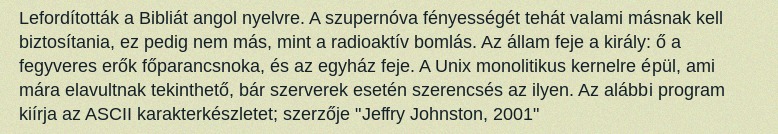
Lefordították a Bibliát angol nyelvre. A szupernóva fényességét tehát valami másnak kell biztosítania, ez pedig nem más, mint a radioaktív bomlás. Az állam feje a király: ő a fegyveres erők főparancsnoka, és az egyház feje. A Unix monolitikus kernelre épül, ami mára elavultnak tekinthető, bár szerverek esetén szerencsés az ilyen. Az alábbi program kiírja az ASCII karakterkészletet; szerzője "Jeffry Johnston, 2001"